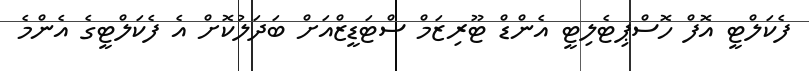
ފެކަލްޓީ އޮފް ހޮސްޕިޓެލިޓީ އެންޑް ޓޫރިޒަމް ސްޓަޑީޒްއަށް ބަދަލުކޮށް އެ ފެކަލްޓީގެ އެންމެ